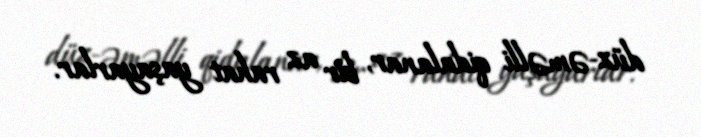
düz-əməlli qidalanar, bir az rahat yaşayarlar.